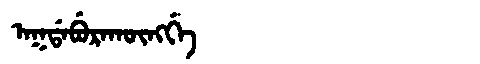
Manchu: ᠠᡴᡩᠠᠪᡠᡵᠠᡴᡡᠩᡤᡝ
Romanization: AKDABURAKŪNGGE